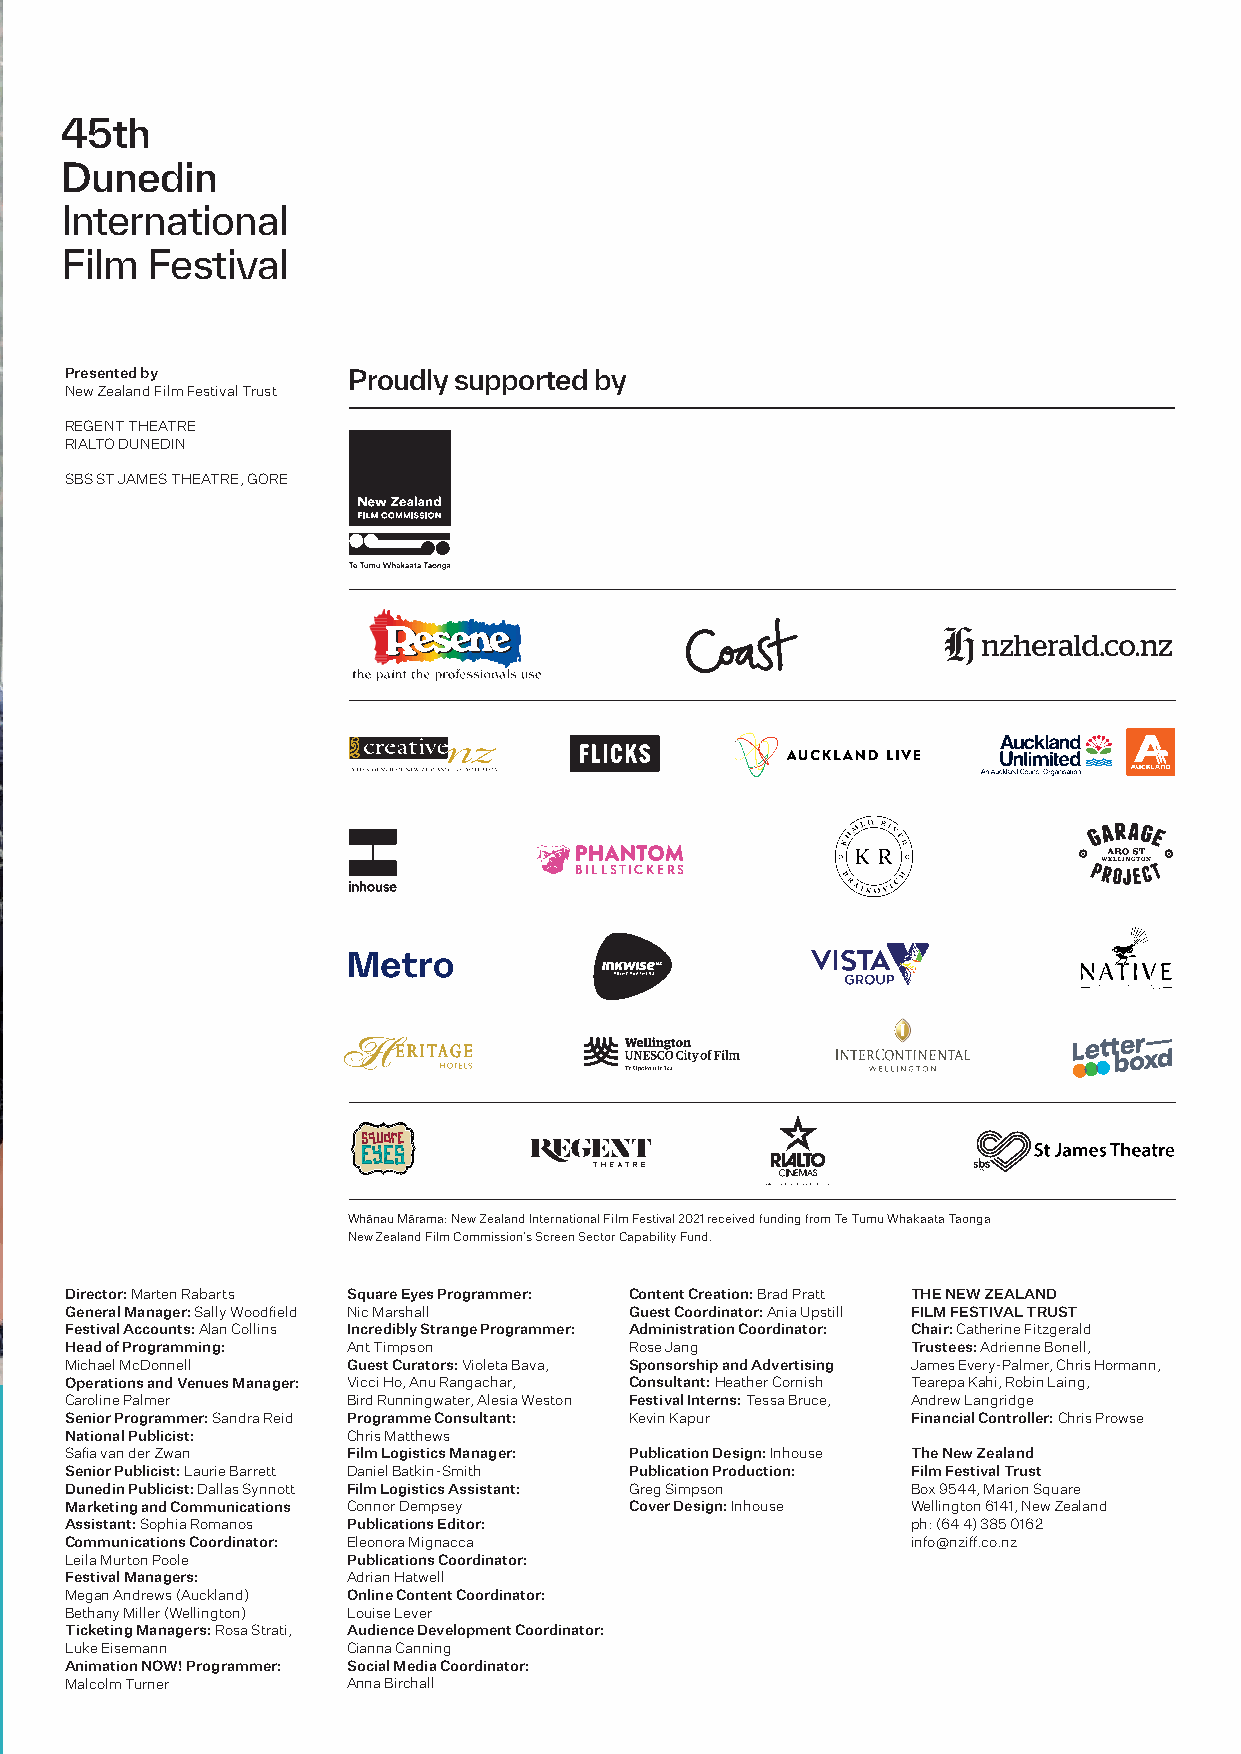
45th
 Dunedin
 International
 Film  Festival
 Presented by       Proudly supported by
 New Zealand Film Festival Trust
 REGENT THEATRE
 RIALTO DUNEDIN
 SBS ST JAMES THEATRE, GORE
 BILLSTICKERS
 Whānau Mārama: New Zealand International Film Festival 2021 received funding from Te Tumu Whakaata Taonga
 New Zealand Film Commission’s Screen Sector Capability Fund.
 Director: Marten Rabarts Square Eyes Programmer: Content Creation: Brad Pratt THE NEW ZEALAND
 General Manager: Sally Woodfield Nic Marshall Guest Coordinator: Ania Upstill FILM FESTIVAL TRUST
 Festival Accounts: Alan Collins Incredibly Strange Programmer: Administration Coordinator: Chair: Catherine Fitzgerald
 Head of Programming: Ant Timpson      Rose Jang         Trustees: Adrienne Bonell,
 Michael McDonnell  Guest Curators: Violeta Bava, Sponsorship and Advertising James Every-Palmer, Chris Hormann,
 Operations and Venues Manager: Vicci Ho, Anu Rangachar, Consultant: Heather Cornish Tearepa Kahi, Robin Laing,
 Caroline Palmer    Bird Runningwater, Alesia Weston Festival Interns: Tessa Bruce, Andrew Langridge
 Senior Programmer: Sandra Reid Programme Consultant: Kevin Kapur Financial Controller: Chris Prowse
 National Publicist: Chris Matthews
 Safia van der Zwan Film Logistics Manager: Publication Design: Inhouse The New Zealand
 Senior Publicist: Laurie Barrett Daniel Batkin-Smith Publication Production: Film Festival Trust
 Dunedin Publicist: Dallas Synnott Film Logistics Assistant: Greg Simpson Box 9544, Marion Square
 Marketing and Communications Connor Dempsey Cover Design: Inhouse Wellington 6141, New Zealand
 Assistant: Sophia Romanos Publications Editor:          ph: (64 4) 385 0162
 Communications Coordinator: Eleonora Mignacca           info@nziff.co.nz
 Leila Murton Poole Publications Coordinator:
 Festival Managers: Adrian Hatwell
 Megan Andrews (Auckland) Online Content Coordinator:
 Bethany Miller (Wellington) Louise Lever
 Ticketing Managers: Rosa Strati, Audience Development Coordinator:
 Luke Eisemann      Cianna Canning
 Animation NOW! Programmer: Social Media Coordinator:
 Malcolm Turner     Anna Birchall